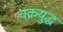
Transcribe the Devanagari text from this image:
चक्रयुद्ध